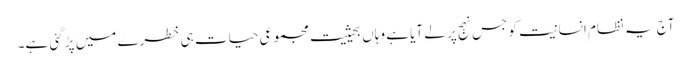
آج یہ نظام انسانیت کو جس نہج پر لے آیا ہے وہاں بحیثیت مجموعی حیات ہی خطرے میں پڑ گئی ہے۔